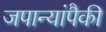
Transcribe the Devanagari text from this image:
जपान्यांपैकी